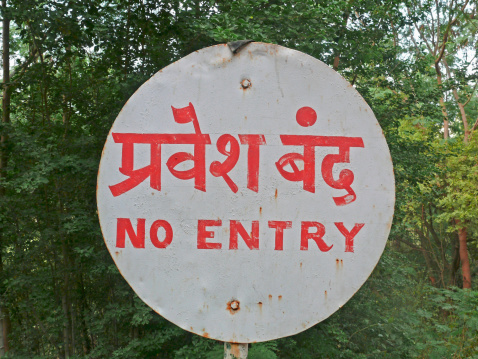
Language: marathi
Transcription: प्रवेश बंद